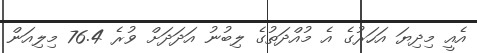
އެއީ މިދިޔަ އަހަރުގެ އެ މުއްދަތުގެ ލިބުނު އަދަދަށް ވުރެ 76.4 މިލިއަން